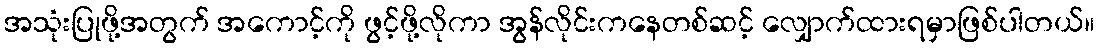
အသုံးပြုဖို့အတွက် အကောင့်ကို ဖွင့်ဖို့လိုကာ အွန်လိုင်းကနေတစ်ဆင့် လျှောက်ထားရမှာဖြစ်ပါတယ်။